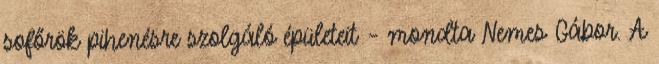
sofőrök pihenésre szolgáló épületeit – mondta Nemes Gábor. A